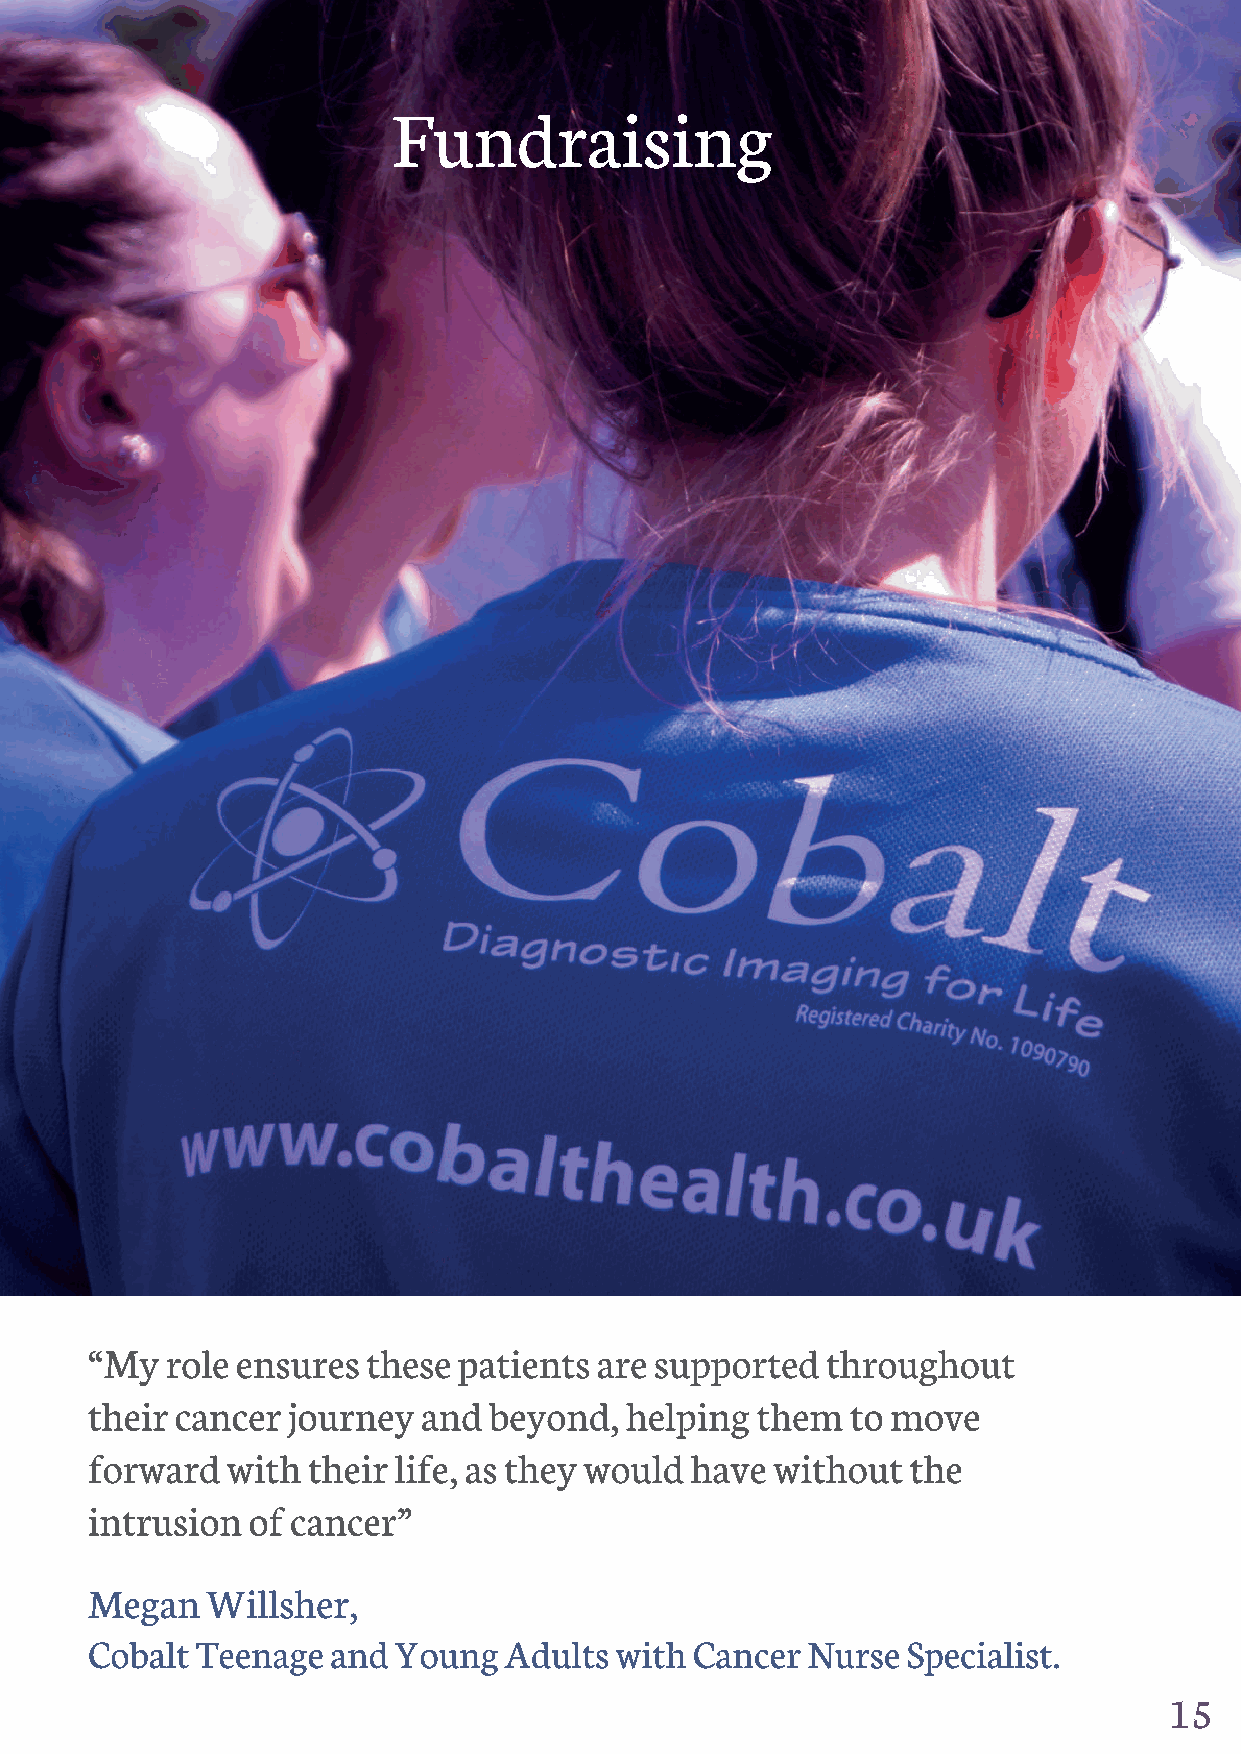
15